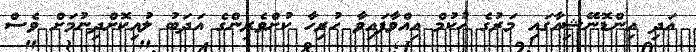
އަދި އިންޑޮނޭޝިއާގައި މަރުގެ ހުކުމް އިއްވާފައިވާ ހުރިހާ ކުށްވެރިންގެ އަދަބު ލުއިކޮށްދިނުމަށް ވެސް